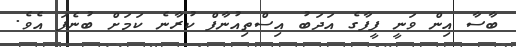
ބާސާ އިން ވަނީ ފީފާގެ އަދަބު އިސްތިއުނާފް ކުރާނެ ކަމަށް ބުނެފަ އެވެ.